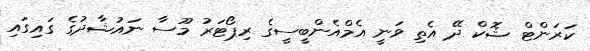
ކަރަންޓް ޝޮކް ދޭ އެތި ވަނީ އެމްއެންބީސީގެ ރިޕޯޓަރު މޫސާ ނައުޝާދުގެ ގައިގައި